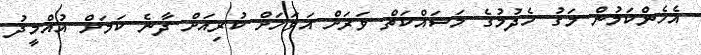
އެހެންކަމުން މަގު ހެދުމުގެ މަސައްކަތް ވަރަށް އަވަހަށް ކުރިއަށް ދާނެ ކަމަށް އުއްމީދު